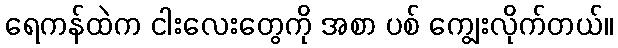
ရေကန်ထဲက ငါးလေးတွေကို အစာ ပစ် ကျွေးလိုက်တယ်။